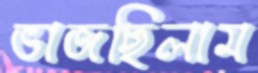
ভাজছিলাম